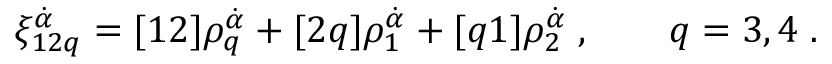
\xi _ { 1 2 q } ^ { \dot { \alpha } } = [ 1 2 ] \rho _ { q } ^ { \dot { \alpha } } + [ 2 q ] \rho _ { 1 } ^ { \dot { \alpha } } + [ q 1 ] \rho _ { 2 } ^ { \dot { \alpha } } \; , \qquad q = 3 , 4 \; .